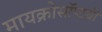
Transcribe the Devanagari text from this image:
मायक्रोसॉप्टची